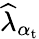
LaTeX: \widehat{\lambda}_{\alpha_{\mathrm{t}}}